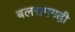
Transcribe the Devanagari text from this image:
बलरामगढ़ी